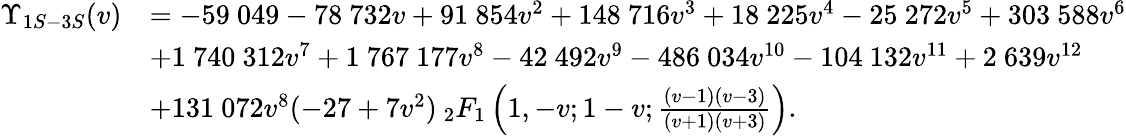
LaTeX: \begin{array}{rl}{\Upsilon_{1S-3S}(v)}&{=-59~049-78~732v+91~854v^{2}+148~716v^{3}+18~225v^{4}-25~272v^{5}+303~588v^{6}}\\ &{+1~740~312v^{7}+1~767~177v^{8}-42~492v^{9}-486~034v^{10}-104~132v^{11}+2~639v^{12}}\\ &{+131~072v^{8}(-27+7v^{2})\: _{2}F_{1}\left(1,-v;1-v;\frac{(v-1)(v-3)}{(v+1)(v+3)}\right).}\end{array}